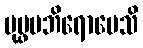
ပုပ္ဖမဘိရောပေသိ